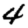
Digit: 4